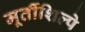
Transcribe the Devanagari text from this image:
मूर्तीशिल्पे